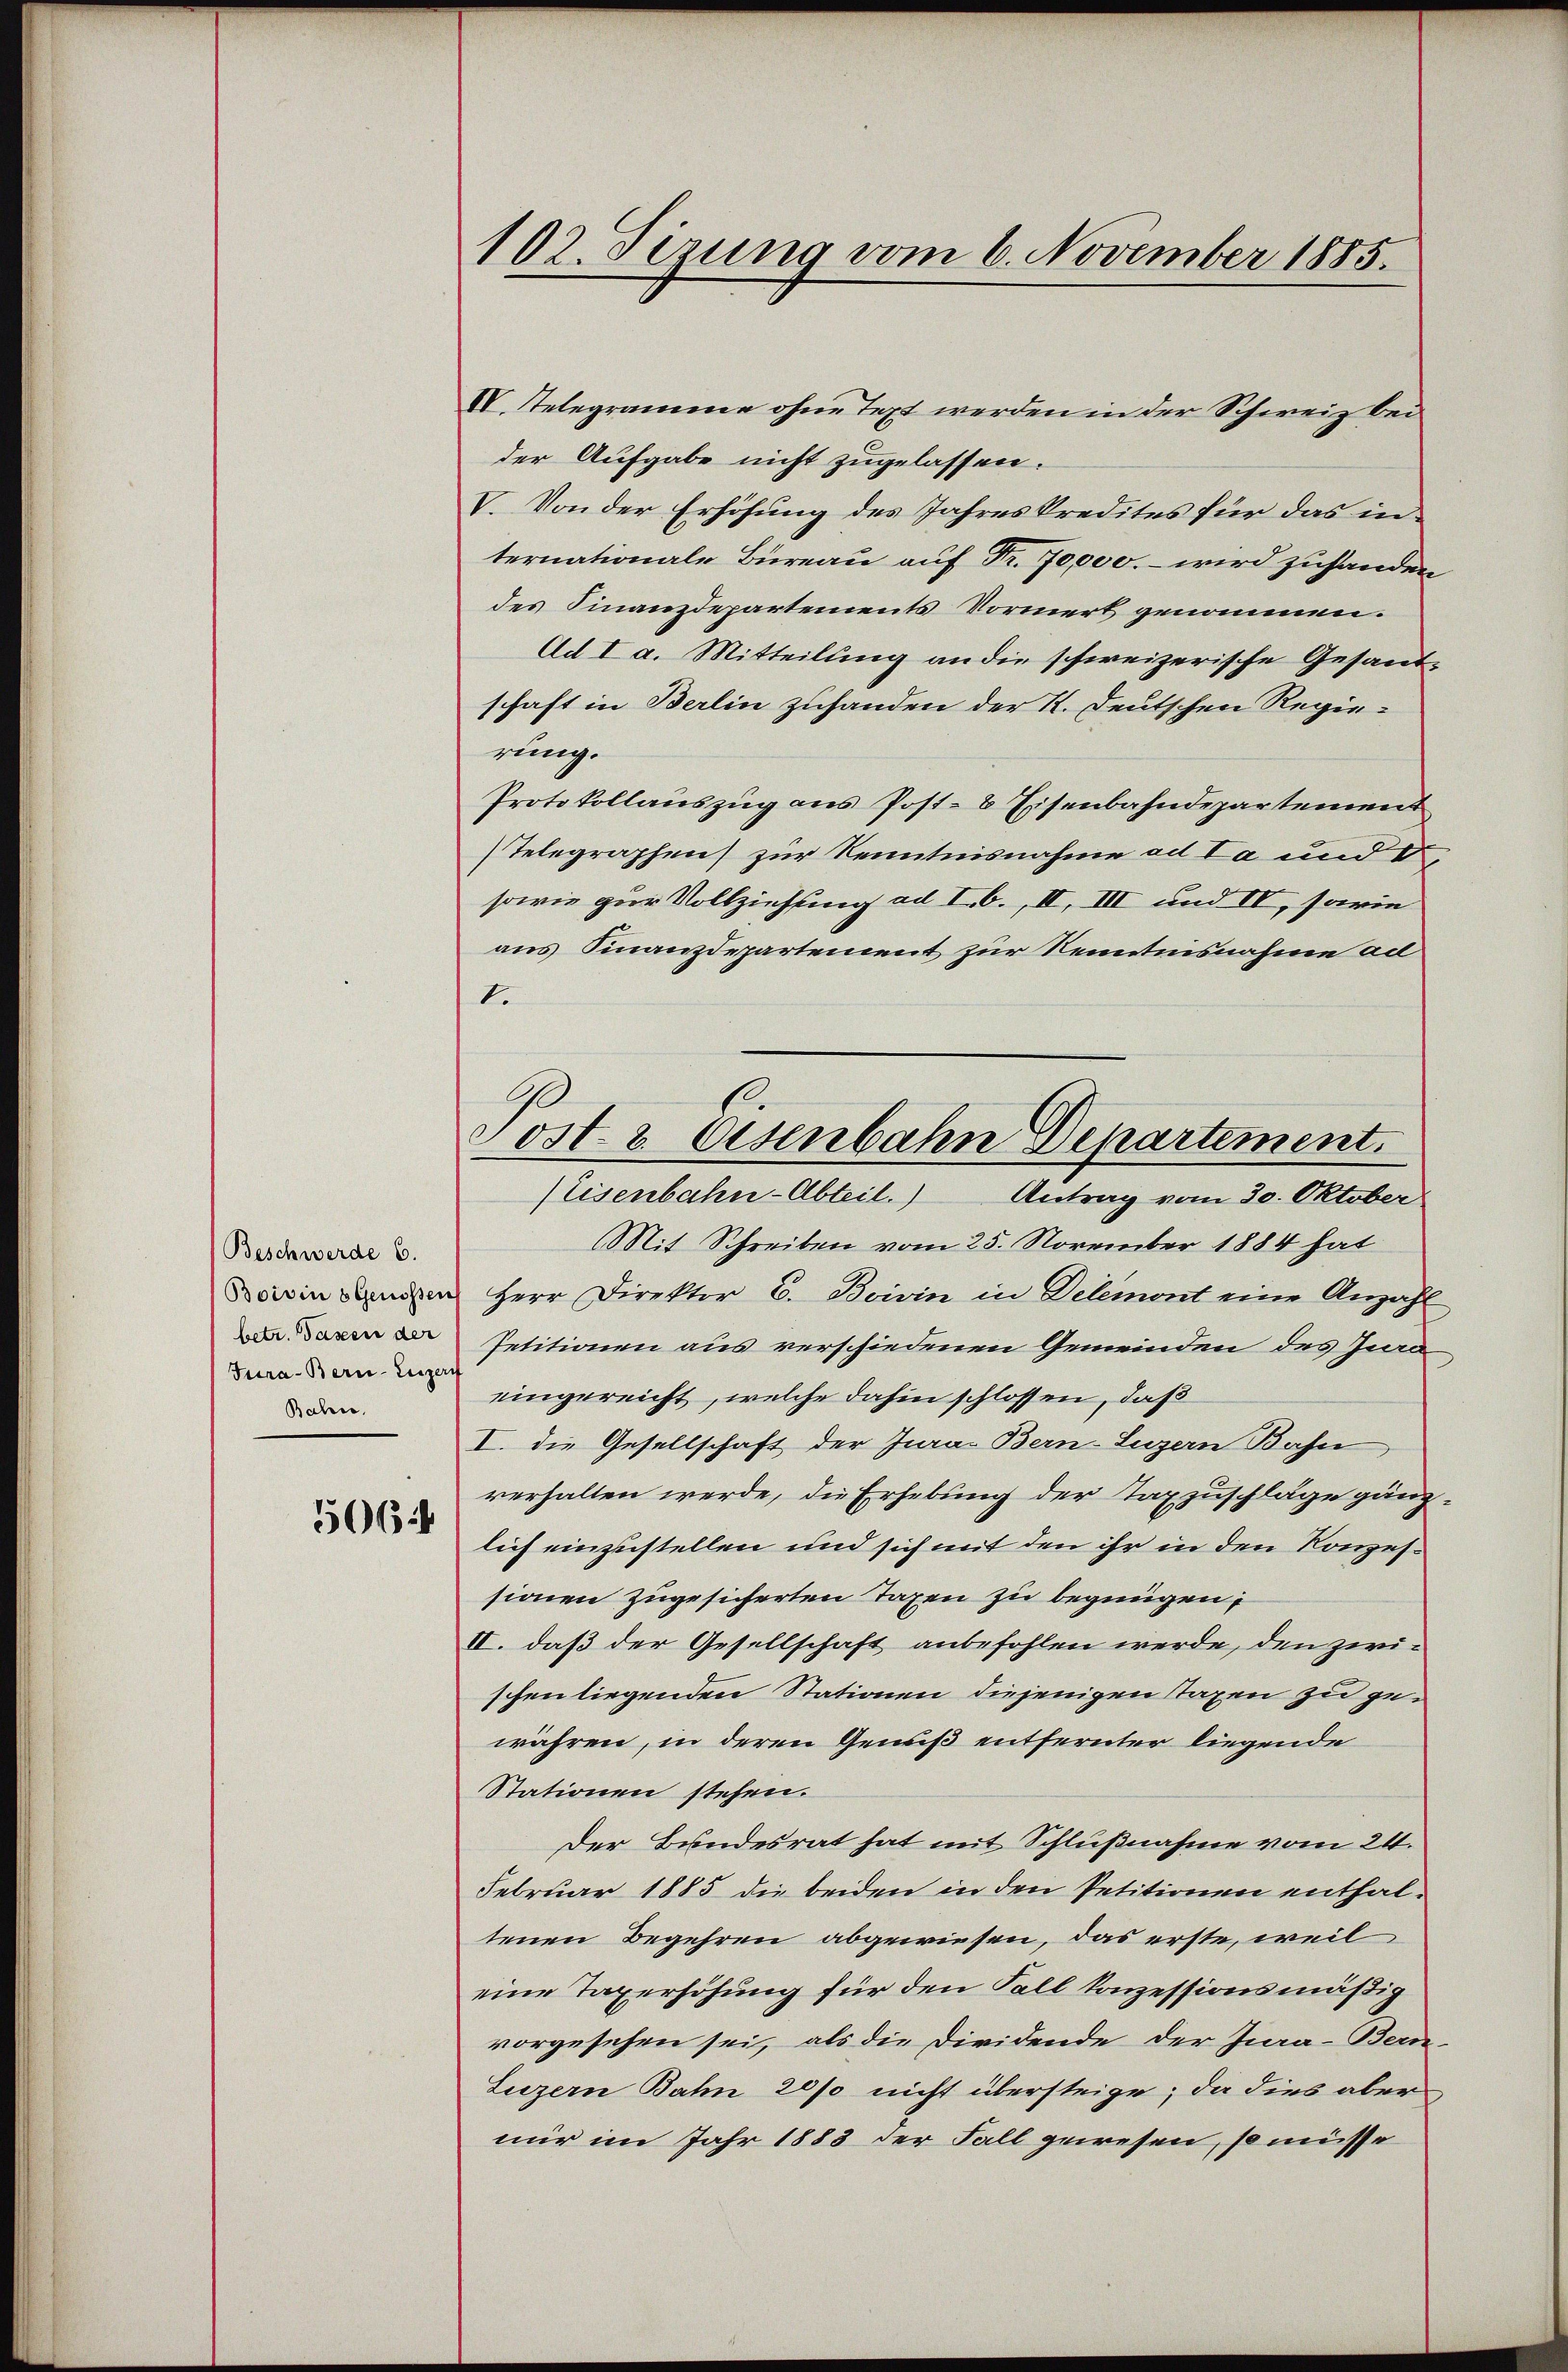
Beschwerde 6.
Boivin 6 Genossens
betr. Bassen der
Tura-Bern-Luzach
Bahn.

506

102. Sizung vom 6. November 1885.

VV. Telegramme ohne Text werden in der Schweiz bei
der Aufgabe nicht zugelassen.
V. Von der Erhöhung des Jahreskredites für das in
ternationale Büreau auf Fr. 70000.- wird zustanden
des Finanzdepartements Vormerk genommen.
Ad I a. Mitteilung an die schweizerische Gesandschaft in Berlin zuhanden der K. Deutschen Regierung.
Protokollauszug aus Post- & Eisenbahndepartement
Telegraphen zur Kenntnisnahme ad ta und d
sowie zur Vollziehung ad I. b., II, III und IV, sarie
aus Finanzdepartement zur Kenntnisnahme ad
1.
Mit Schreiben vom 25. November 1884 hat
Herr Direktor C. Boivin in Delemont eine Anzahl
Petitionen aus verschiedenen Gemeinden des Jura,
eingereicht, welche dahin schlossen, daß
I. die Gesellschaft der Jura. Bern-Luzern Bahn,
verhalten werde, die Erhebung der Taxzuschläge gänzlich einzustellen und sich mit den ihr in den Konzessionen zugesicherten Taxen zu begnügen,
II. daß der Gesellschaft anbefohlen werde, den zwischen liegenden Stationen diejenigen Taxen zu gewähren, in deren Geniß entfernter liegende
Stationen stehen.
Der Bundesrat hat mit Schlußnahme vom 24.
Februar 1885 die beiden in den Petitionen enthaltenen Begehren abgewiesen, das erste, weil
eine Taxerhöhung für den Fall konzessionsmäßig
vorgesehen sei, als die Dividende der Jura-Bern-
Luzern Bahn 20/0 nicht übersteige; da dies aber
mir im Jahr 1883 der Fall gewesen, so müsse

Post & Eisenbahn Departement.
(Eisenbahn-Abteil.) Antrag vom 30. Oktober